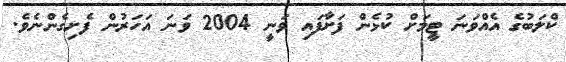
ކްލަބުގެ އެއްވަނަ ޓީމަށް ކުޅެން ފަށާފައި ވަނީ 2004 ވަނަ އަހަރުން ފެށިގެންނެވެ.